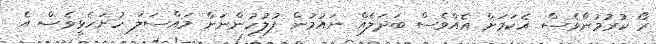
ރޯ ކުރުމުންވެސް އެކަމަށް އެއްވެސް ބަދަލެއް ނައުމުން ފުލުހުންނަށް މައްސަލަ ހުށަހެޅީވެސް އެ